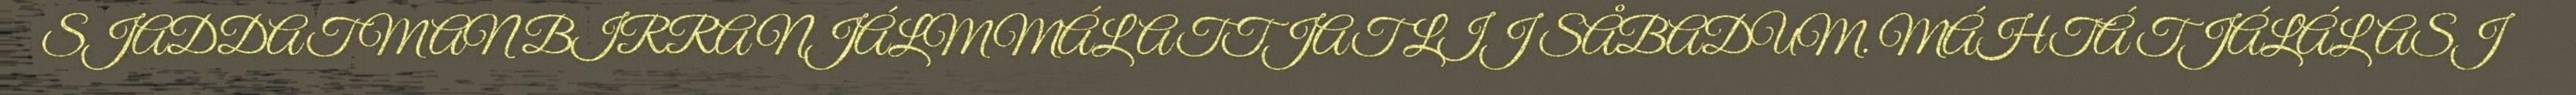
SJADDAT MAN BIRRA NJÁLMMÁLATTJAT LIJ SÅBADUM. MÁHTÁ TJÁLÁLASJ